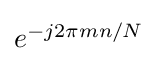
{\textstyle e^{-j2\pi mn/N}}